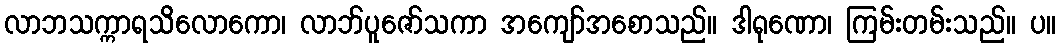
လာဘသက္ကာရသိလောကော၊ လာဘ်ပူဇော်သကာ အကျော်အစောသည်။ ဒါရုဏော၊ ကြမ်းတမ်းသည်။ ပ။